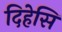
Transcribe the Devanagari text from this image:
दिहेसि